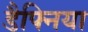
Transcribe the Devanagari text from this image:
डैफ्निया